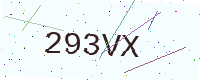
Text: 293VX